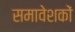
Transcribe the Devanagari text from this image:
समावेशकों